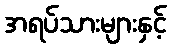
အရပ်သားများနှင့်